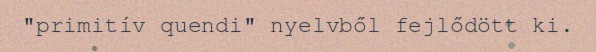
"primitív quendi" nyelvből fejlődött ki.